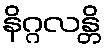
နိဂ္ဂလန္တိ